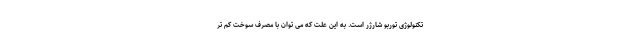
تکنولوژی توربو شارژر است. به این علت که می توان با مصرف سوخت کم تر